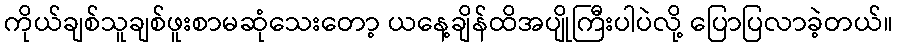
ကိုယ်ချစ်သူချစ်ဖူးစာမဆုံသေးတော့ ယနေ့ချိန်ထိအပျိုကြီးပါပဲလို့ ပြောပြလာခဲ့တယ်။